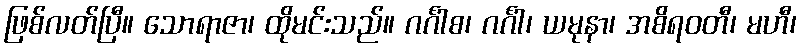
ဖြစ်လတ်ပြီ။ သောရာဇာ၊ ထိုမင်းသည်။ ဂင်္ဂါစ၊ ဂင်္ဂါ၊ ယမုနာ၊ အစိရဝတီ၊ မဟီ၊